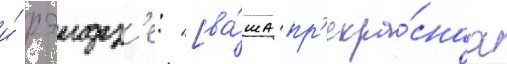
и́ рэидз'е: "[ва́ша пр'екра́снаа